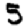
Digit: 5